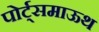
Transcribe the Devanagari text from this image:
पोर्ट्समाऊथ